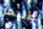
والبحر